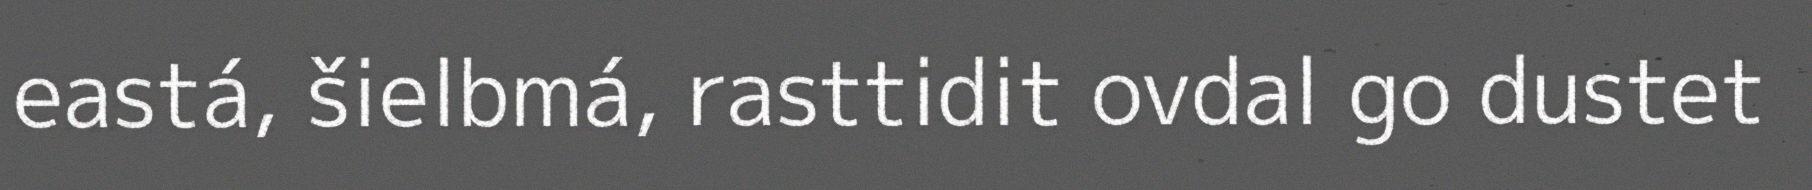
eastá, šielbmá, rasttidit ovdal go dustet